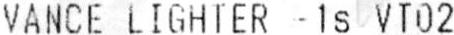
VANCE LIGHTER - 1S VT02